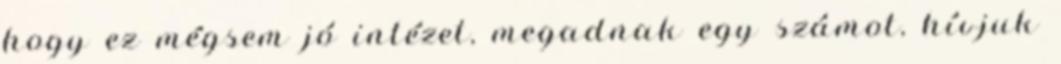
hogy ez mégsem jó intézet, megadnak egy számot, hívjuk